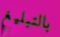
بالتبليغ